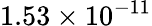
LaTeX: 1.53\times 10^{-11}